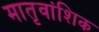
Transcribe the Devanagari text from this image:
मातृवांशिक